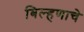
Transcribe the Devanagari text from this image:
बिल्हणाचे